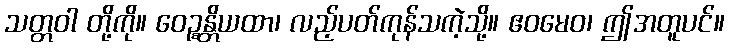
သတ္တဝါ တို့ကို။ ဝေဉ္စန္တိယထာ၊ လည့်ပတ်ကုန်သကဲ့သို့။ ဧဝမေဝ၊ ဤအတူပင်။